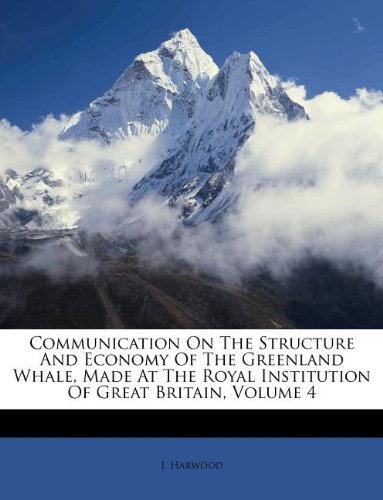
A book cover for Communication On The Structure And Economy Of The Greenland Whale, Made At The Royal Institution Of Great Britain, Volume 4; J. Harwood; History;